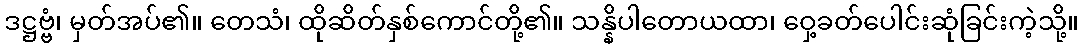
ဒဋ္ဌဗ္ဗံ၊ မှတ်အပ်၏။ တေသံ၊ ထိုဆိတ်နှစ်ကောင်တို့၏။ သန္နိပါတောယထာ၊ ဝှေ့ခတ်ပေါင်းဆုံခြင်းကဲ့သို့။